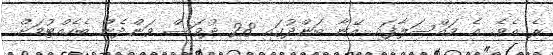
ރެ އެވެ. އެ މައްސަލާފައި އޭނާ ބަންދުގައި 28 ދުވަސް ވަންދެން ބެހެއްޓުމަށް